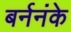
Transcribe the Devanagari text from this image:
बर्ननंके